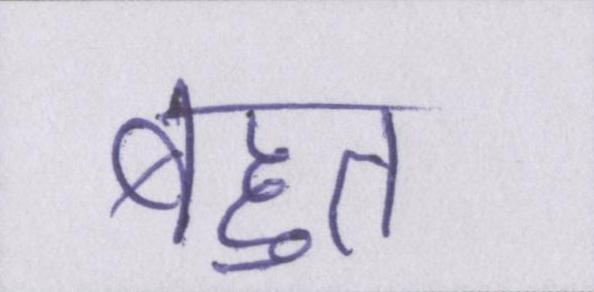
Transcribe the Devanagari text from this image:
बहुत